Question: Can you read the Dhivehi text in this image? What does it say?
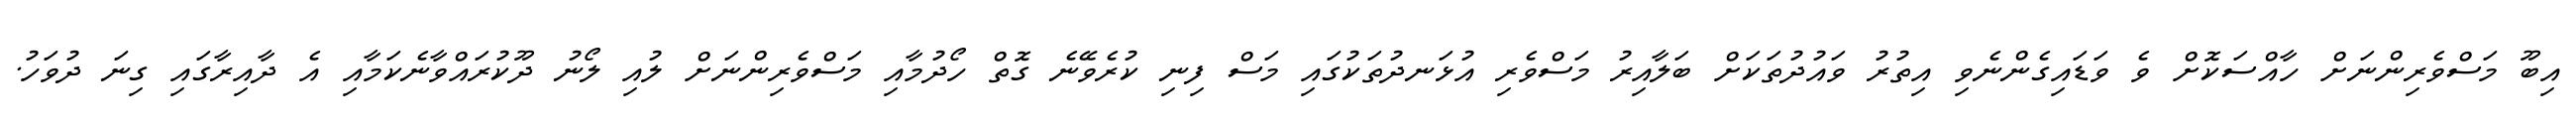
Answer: އިބޫ މަސްވެރިންނަށް ހާއްސަކޮށް ވެ ވަޑައިގެންނެވި އިތުރު ވައުދުތަކަށް ބަލާއިރު މަސްވެރި އުޅަނދުތަކުގައި މަސް ފިނި ކުރެވޭނެ ގޮތް ހޯދުމާއި މަސްވެރިންނަށް ލުއި ލޯނު ދޫކުރައްވާނެކަމާއި އެ ދާއިރާގައި ގިނަ ދުވަހު.